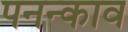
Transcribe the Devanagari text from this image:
पनन्काव